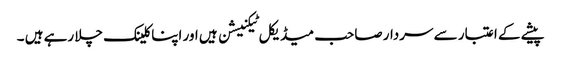
پیشے کے اعتبار سے سردار صاحب میڈیکل ٹیکنیشن ہیں اور اپنا کلینک چلا رہے ہیں ۔